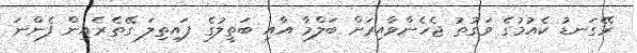
ރޭގަނޑު ކެއުމުގެ ވަގުތު ޖެހެންވާއިރަށް ބަލްމާ އާއި ބަތީލުގެ ފައިތިލަ ގޭތެރެއިން ފެންނަ